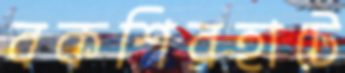
বকশিরহাটে